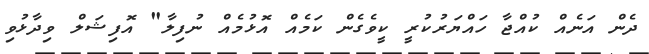
ދެން އަނެއް ކުއްޖާ ހައްޔަރުކުރީ ކީވެގެން ކަމެއް އޮޅުމެއް ނުފިލާ" އޮފިޝަލް ވިދާޅުވި